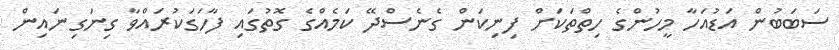
ސަބަބުން އަޑުއަހާ މީހުންގެ ހިތްތަކަށް ފިނިކަން ގެނެސްދޭ ކަމެއްގެ ގޮތުގައި ފާހަގަކުރައްވާ ގިނަގިނައިން